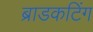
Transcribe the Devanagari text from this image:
ब्राडकटिंग